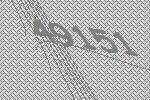
49151